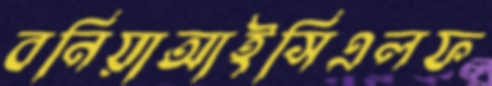
বনিয়াআইসিএলফ